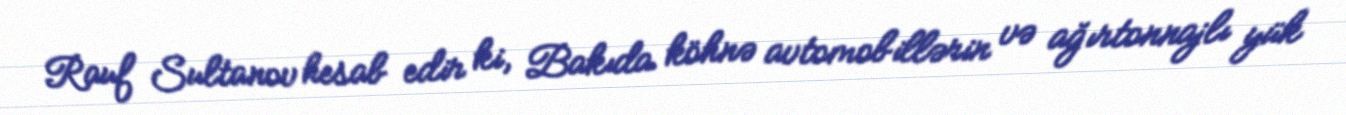
Rauf Sultanov hesab edir ki, Bakıda köhnə avtomobillərin və ağırtonnajlı yük